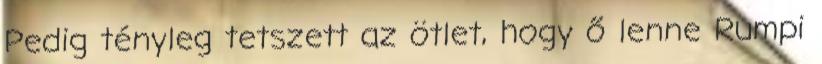
Pedig tényleg tetszett az ötlet, hogy ő lenne Rumpi